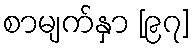
စာမျက်နှာ [၉၇]